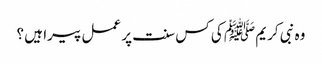
وہ نبی کریم ﷺ کی کس سنت پر عمل پیرا ہیں ؟